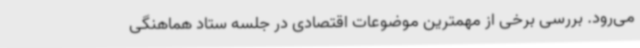
می‌رود. بررسی برخی از مهمترین موضوعات اقتصادی در جلسه ستاد هماهنگی